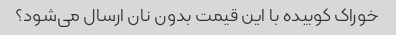
خوراک کوبیده با این قیمت بدون نان ارسال می‌شود؟